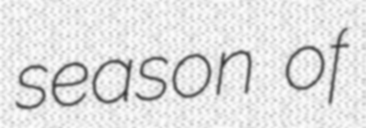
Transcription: season of